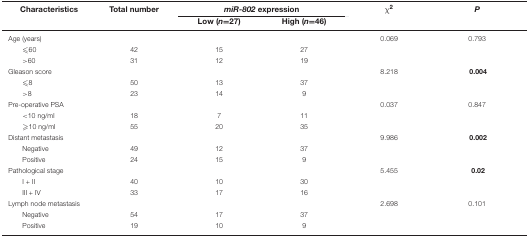
| Characteristics | Total number | <COLSPAN=2> miR-802 expression | χ2 | P |
 |  |  | Low (n=27) | High (n=46) |  |  |
 | --- | --- | --- | --- | --- | --- |
 | Age (years) |  |  |  | 0.069 | 0.793 |
 | ≤60 | 42 | 15 | 27 |  |  |
 | >60 | 31 | 12 | 19 |  |  |
 | Gleason score |  |  |  | 8.218 | 0.004 |
 | ≤8 | 50 | 13 | 37 |  |  |
 | >8 | 23 | 14 | 9 |  |  |
 | Pre-operative PSA |  |  |  | 0.037 | 0.847 |
 | <10 ng/ml | 18 | 7 | 11 |  |  |
 | ≥10 ng/ml | 55 | 20 | 35 |  |  |
 | Distant metastasis |  |  |  | 9.986 | 0.002 |
 | Negative | 49 | 12 | 37 |  |  |
 | Positive | 24 | 15 | 9 |  |  |
 | Pathological stage |  |  |  | 5.455 | 0.02 |
 | I + II | 40 | 10 | 30 |  |  |
 | III + IV | 33 | 17 | 16 |  |  |
 | Lymph node metastasis |  |  |  | 2.698 | 0.101 |
 | Negative | 54 | 17 | 37 |  |  |
 | Positive | 19 | 10 | 9 |  |  |